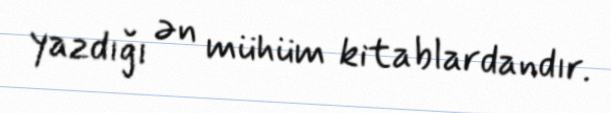
yazdığı ən mühüm kitablardandır.